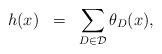
LaTeX: \begin{align*}h(x)\;\;=\;\; \sum_{D\in \mathcal D}\theta_{D}(x),\end{align*}